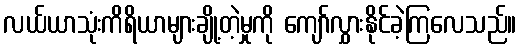
လယ်ယာသုံးကိရိယာများချို့တဲ့မှုကို ကျော်လွှားနိုင်ခဲ့ကြလေသည်။